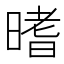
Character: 𣉟